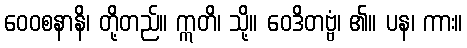
ဝေဝစနာနိ၊ တို့တည်။ ဣတိ၊ သို့။ ဝေဒိတဗ္ဗံ၊ ၏။ ပန၊ ကား။